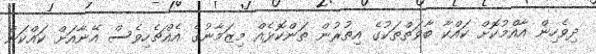
ދިވެހިން އާއްމުކޮށް ކައްކާ ބާވަތްތަކުގެ އިތުރުން ތަންކޮޅެއް މިޒަމާނުގެ އެއްޗެހިވެސް އޭނާއަށް ކައްކަން